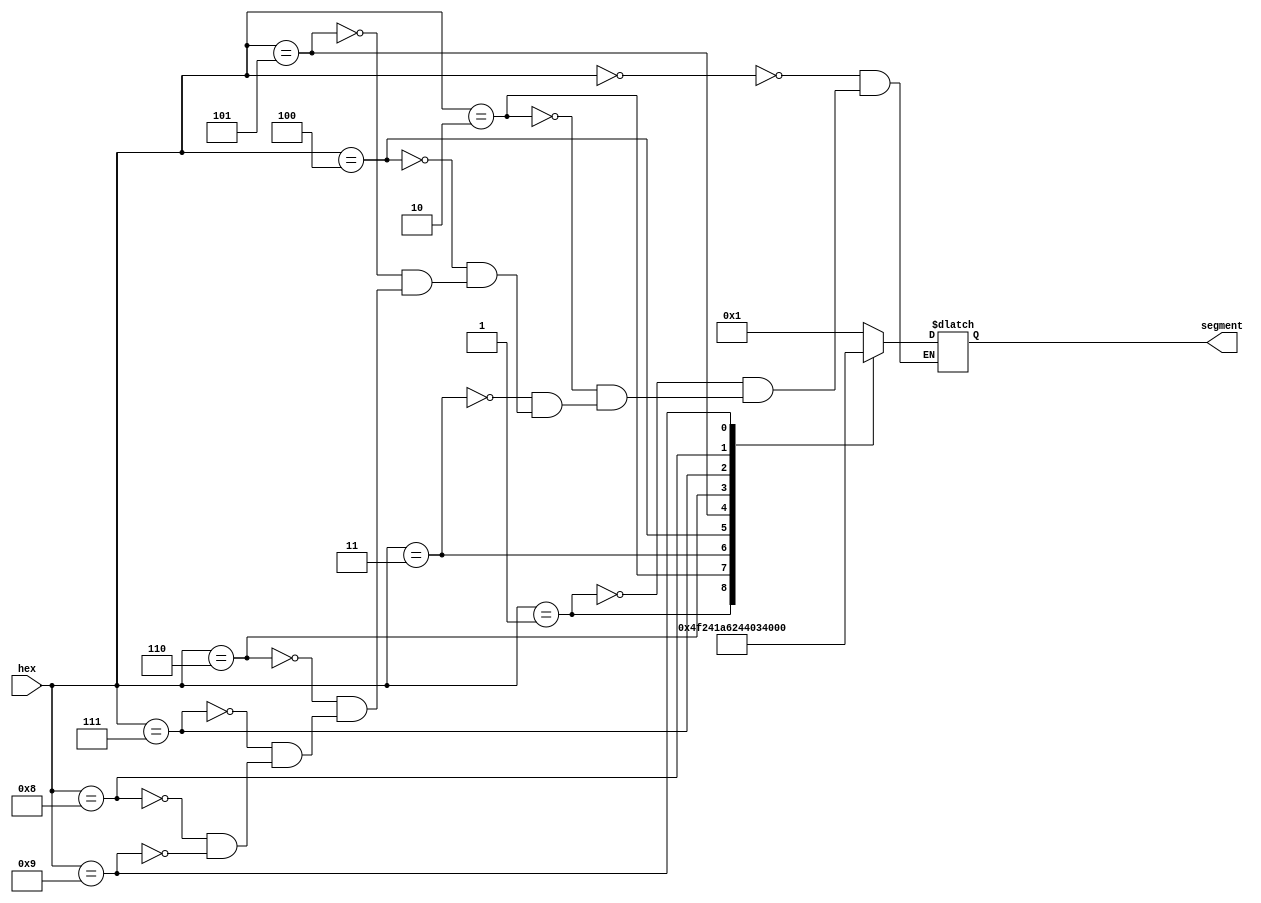
module decimal_decoder(hex, segment);

input [3:0] hex;
output reg[6:0] segment;


always @ (*)
   case (hex) 
		0: segment = 7'b0000001;
		1: segment = 7'b1001111;
		2: segment = 7'b0010010;
		3: segment = 7'b0000110;
		4: segment = 7'b1001100;
		5: segment = 7'b0100100;
		6: segment = 7'b0100000;
		7: segment = 7'b0001101;
		8: segment = 7'b0000000;
		9: segment = 7'b0000100;
      
   endcase	

    
endmodule